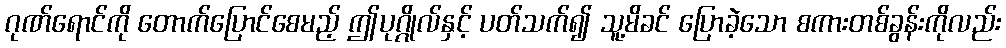
ဂုဏ်ရောင်ကို တောက်ပြောင်စေမည့် ဤပုဂ္ဂိုလ်နှင့် ပတ်သက်၍ သူ့မိခင် ပြောခဲ့သော စကားတစ်ခွန်းကိုလည်း